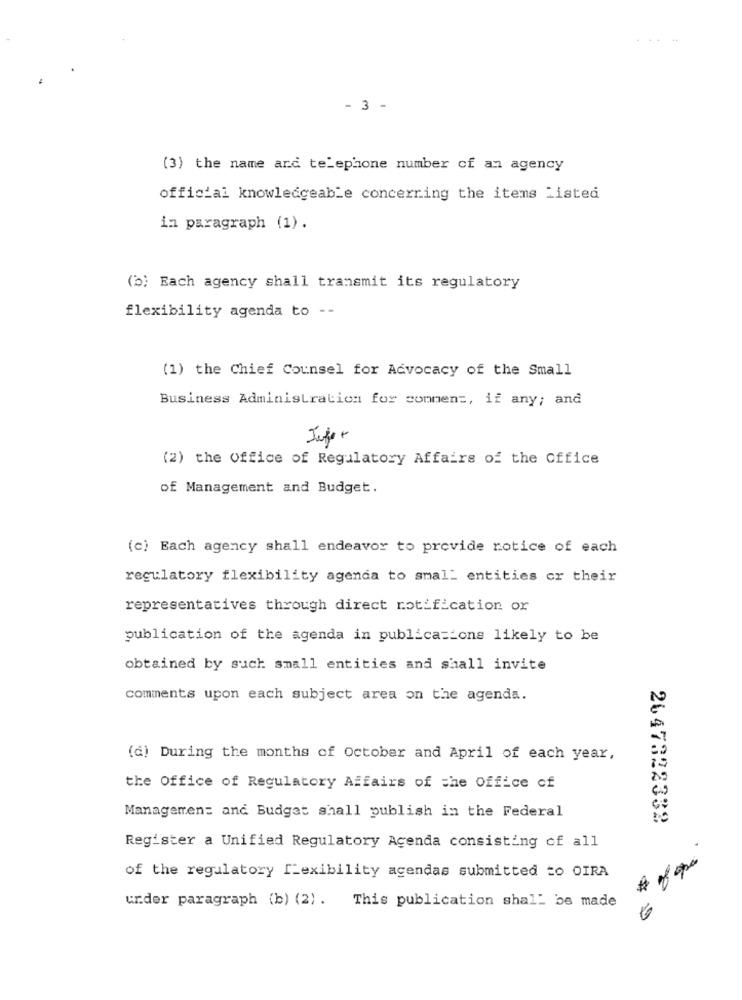
- 3 -
(3) the name and telephone number of an agency
official knowledgeable concerning the items Listed
in paragraph (1).
(b) Each agency shall transmit its regulatory
flexibility agenda to --
(1) the Chief Counsel for Advocacy of the Small
Business Administration for conmen =, if any; and
(2) the Office of Regulatory Affairs of the Office
of Management and Budget.
(c) Each agency shall endeavor to provide notice of each
regulatory flexibility agenda to small entities cr their
representatives through direct notification or
publication of the agenda in publications likely to be
obtained by such small entities and shall invite
comments upon each subject area on the agenda.
(d) During the months of October and April of each year,
the Office of Regulatory Affairs of the Office of
Managemen: and Budget shall publish in the Federal
2647322332
Register a Unified Regulatory Agenda consisting of all
of the regulatory flexibility agendas submitted =o OIRA
under paragraph (b) (2) .
This publication shall be made